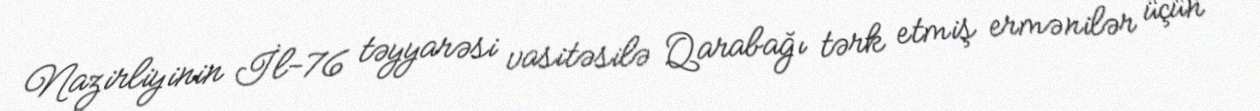
Nazirliyinin İl-76 təyyarəsi vasitəsilə Qarabağı tərk etmiş ermənilər üçün